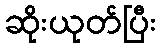
ဆိုးယုတ်ပြီး